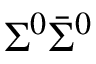
\Sigma ^ { 0 } \bar { \Sigma } ^ { 0 }